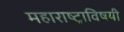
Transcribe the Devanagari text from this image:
महाराष्ट्राविषयी